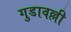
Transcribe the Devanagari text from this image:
गुडावल्ली